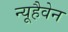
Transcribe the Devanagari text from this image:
न्यूहैवेन